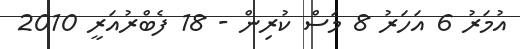
އުމަރު 6 އަހަރު 8 މަސް ކުރިން - 18 ފެބްރުއަރީ 2010